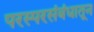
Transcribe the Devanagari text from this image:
परस्परसंबंधातून